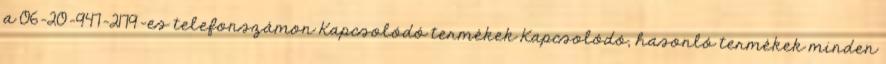
a 06-20-947-2179-es telefonszámon Kapcsolódó termékek Kapcsolódó, hasonló termékek minden